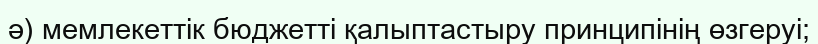
ә) мемлекеттік бюджетті қалыптастыру принципінің өзгеруі;